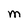
Character: M